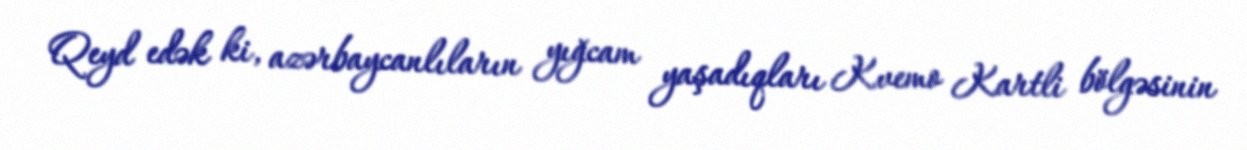
Qeyd edək ki, azərbaycanlıların yığcam yaşadıqları Kvemo Kartli bölgəsinin